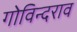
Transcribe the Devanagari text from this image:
गोविन्दराव